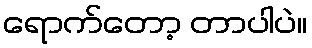
ရောက်တော့ တာပါပဲ။